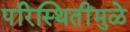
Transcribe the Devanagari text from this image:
परिस्थितींमुळे